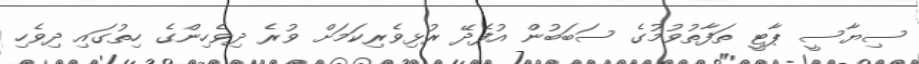
ސިޔާސީ ޕާޓީ ތަފާތުވުމުގެ ސަބަބުން އުފެދޭ ރުޅިވެރިކަމަށް ވުރެ ދިވެހިންގެ ހިތުގައި ދިވެހި